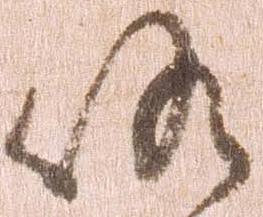
候